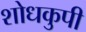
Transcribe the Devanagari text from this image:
शोधकुपी